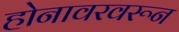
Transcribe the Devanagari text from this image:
होनावरवरून